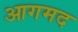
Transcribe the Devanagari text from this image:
आगमद